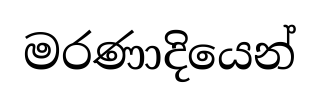
මරණාදියෙන්